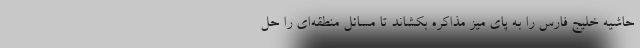
حاشیه خلیج فارس را به پای میز مذاکره بکشاند تا مسائل منطقه‌ای را حل